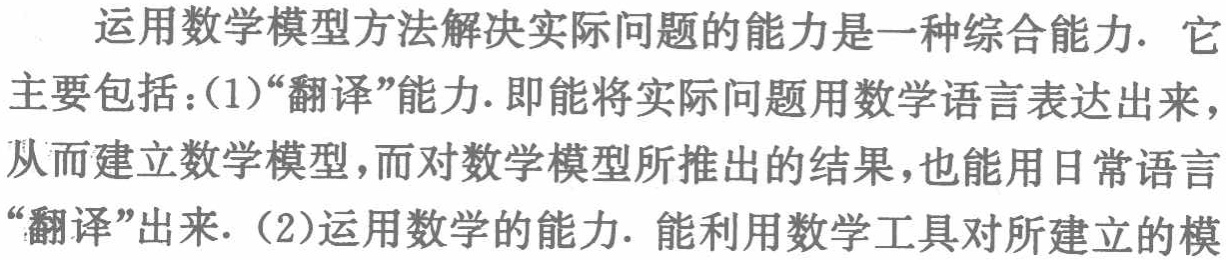
运用数学模型方法解决实际问题的能力是一种综合能力. 它主要包括：(1)“翻译”能力. 即能将实际问题用数学语言表达出来，从而建立数学模型，而对数学模型所推出的结果，也能用日常语言“翻译”出来.（2)运用数学的能力. 能利用数学工具对所建立的模